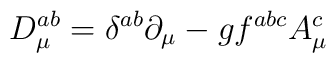
D_\mu ^{ab}=\delta ^{ab}\partial _\mu -gf^{abc}A_\mu ^c